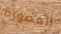
المصورة